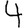
Digit: 4